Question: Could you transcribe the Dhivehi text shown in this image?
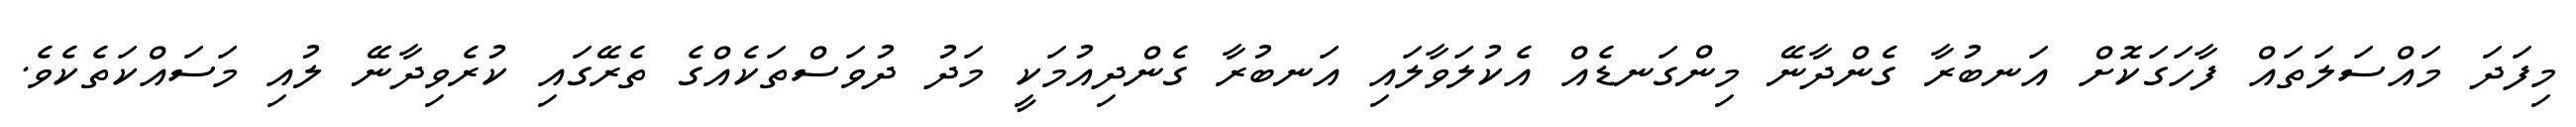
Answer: މިފަދަ މައްސަލަތައް ފާހަގަކޮށް އަނބުރާ ގެންދާނޭ މިންގަނޑެއް އެކުލަވާލައި އަނބުރާ ގެންދިއުމަކީ މަދު ދުވަސްތަކެއްގެ ތެރޭގައި ކުރެވިދާނޭ ލުއި މަސައްކަތެކެވެ.